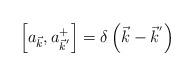
LaTeX: \begin{align*}\left[ a_{\vec{k}}, a_{{\vec{k}}^{'}}^{+} \right] = \delta \left( \vec{k} -{\vec{k}}^{'} \right)\end{align*}